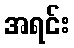
အရင်း